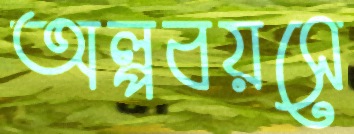
অল্পবয়সে